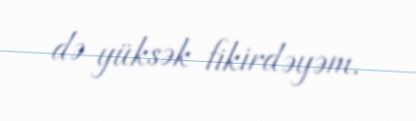
də yüksək fikirdəyəm.